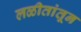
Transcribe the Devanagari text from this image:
लळीतांतून